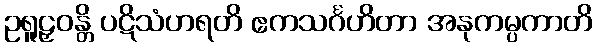
ဥရူဠှဝန္တိ ပဋိသံဟရတိ ဧကသင်္ဂဟိတာ အနုကမ္ပကာတိ